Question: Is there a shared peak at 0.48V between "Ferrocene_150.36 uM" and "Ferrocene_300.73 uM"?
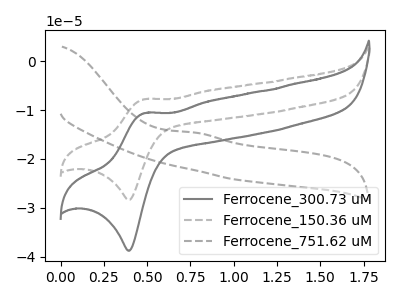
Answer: <think>The gray curve "Ferrocene_300.73 uM" has an anodic peak at (0.50V, -10.65uA) and a cathodic peak at (0.40V, -38.80uA). The gray dashed curve "Ferrocene_150.36 uM" has an anodic peak at (0.50V, -7.80uA) and a cathodic peak at (0.40V, -28.40uA). The gray dashed curve "Ferrocene_751.62 uM" has an anodic peak at: (0.75V, -14.60uA).</think>
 <answer>Yes, "Ferrocene_150.36 uM" and "Ferrocene_300.73 uM" share a peak at 0.48V.</answer>
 <eval>match</eval>